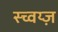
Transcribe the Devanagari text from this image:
स्च्वय्ज़